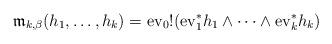
LaTeX: \begin{align*}\frak m_{k,\beta}(h_1,\dots,h_k) ={\rm ev}_0!({\rm ev}_1^*h_1 \wedge \dots \wedge {\rm ev}_k^*h_k)\end{align*}